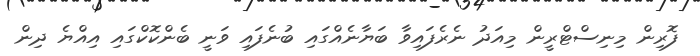
ފޮރިން މިނިސްޓްރީން މިއަދު ނެރެފައިވާ ބަޔާނެއްގައި ބުނެފައި ވަނީ ބެންކޮކްގައި އިއްޔެ ދިން